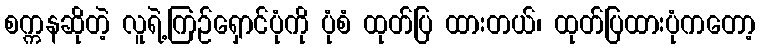
စက္ကနဆိုတဲ့ လူရဲ့ကြဉ်ရှောင်ပုံကို ပုံစံ ထုတ်ပြ ထားတယ်၊ ထုတ်ပြထားပုံကတော့